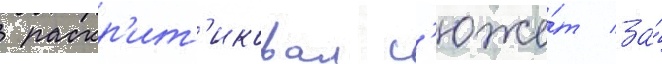
 раскр'ит'иковал с'юже́т за́